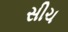
સીચ